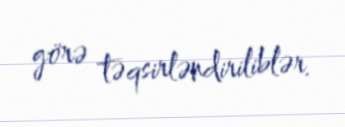
görə təqsirləndiriliblər.